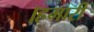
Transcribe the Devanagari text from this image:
।हमारी